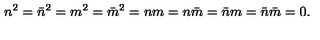
n ^ { 2 } = \bar { n } ^ { 2 } = m ^ { 2 } = \bar { m } ^ { 2 } = n m = n \bar { m } = \bar { n } m = \bar { n } \bar { m } = 0 .